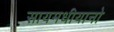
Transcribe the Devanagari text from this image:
सायमधीयानो